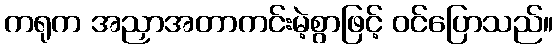
ကရုက အညှာအတာကင်းမဲ့စွာဖြင့် ဝင်ပြောသည်။